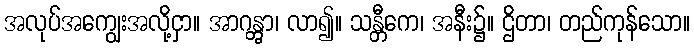
အလုပ်အကျွေးအလို့ငှာ။ အာဂန္တွာ၊ လာ၍။ သန္တီကေ၊ အနီး၌။ ဌိတာ၊ တည်ကုန်သော။